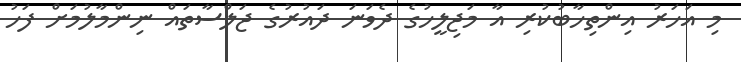
މި އަހަރު އިންތިހާބުކުރި އާ މަޖިލީހުގެ ދެވަނަ ދައުރުގެ ޖަލްސާތައް ނިންމާލުމަށް ފަހު